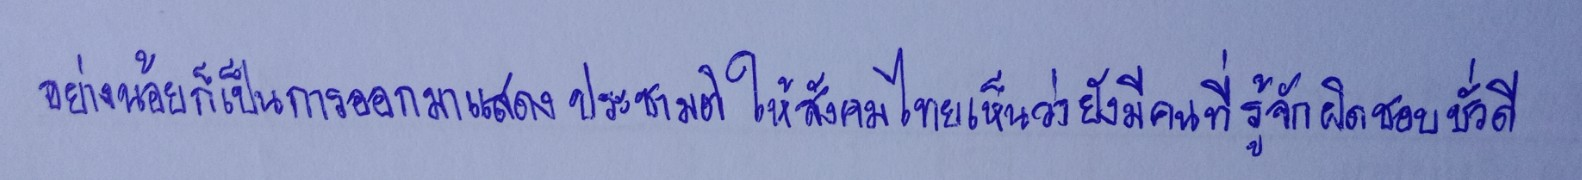
อย่างน้อยก็เป็นการออกมาแสดงประชามติให้สังคมไทยเห็นว่ายังมีคนที่รู้จักผิดชอบชั่วดี